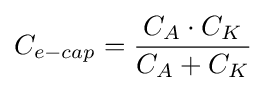
C_{e-cap}={\frac {C_{A}\cdot C_{K}}{C_{A}+C_{K}}}